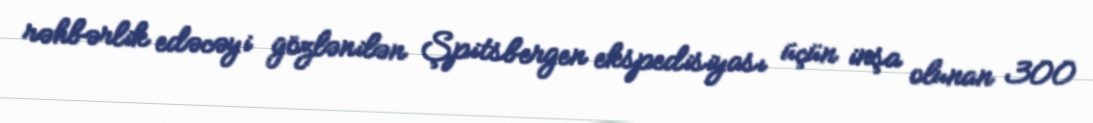
rəhbərlik edəcəyi gözlənilən Şpitsbergen ekspedisiyası üçün inşa olunan 300